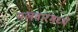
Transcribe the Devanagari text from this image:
मलवारमध्यें